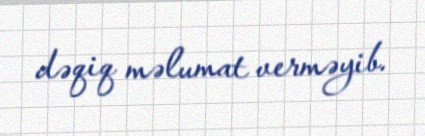
dəqiq məlumat verməyib.